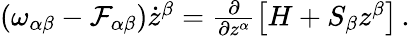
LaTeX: \begin{array}{r}{\left(\omega_{\alpha\beta}-\mathcal{F}_{\alpha\beta}\right)\dot{z}^{\beta}=\frac{\partial}{\partial z^{\alpha}}\left[H+S_{\beta}z^{\beta}\right]\, .}\end{array}